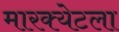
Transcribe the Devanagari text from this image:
मारक्येटला